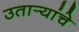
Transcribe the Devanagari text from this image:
उतार्‍यांचे